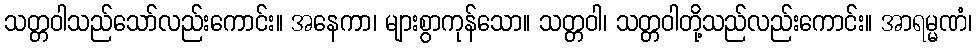
သတ္တဝါသည်သော်လည်းကောင်း။ အနေကာ၊ များစွာကုန်သော။ သတ္တဝါ၊ သတ္တဝါတို့သည်လည်းကောင်း။ အာရမ္မဏံ၊